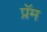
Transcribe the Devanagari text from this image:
प्रॅम